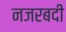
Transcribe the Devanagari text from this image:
नजरबदी